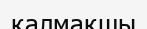
қалмақшы